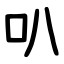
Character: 叭